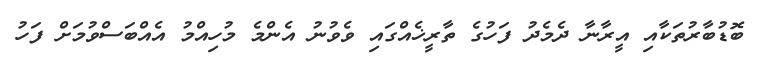
ބޮޑުބާރުތަކާއި އީރާނާ ދެމެދު ފަހުގެ ތާރީޚެއްގައި ވެވުނު އެންމެ މުހިއްމު އެއްބަސްވުމަށް ފަހު